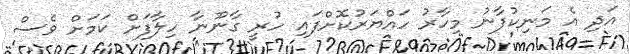
އަދި އެ މަނިކުފާނު މިހާރު ހައްޔަރުކޮށްފައި ހުރީ ގާނޫނާ ހިލާފަށް ކަމަށް ވެސް